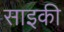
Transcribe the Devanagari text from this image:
साइकी